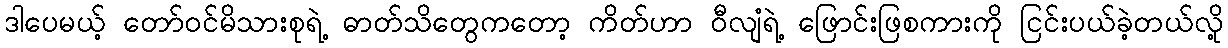
ဒါပေမယ့် တော်ဝင်မိသားစုရဲ့ ဓာတ်သိတွေကတော့ ကိတ်ဟာ ဝီလျံရဲ့ ဖြောင်းဖြစကားကို ငြင်းပယ်ခဲ့တယ်လို့